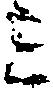
ミ